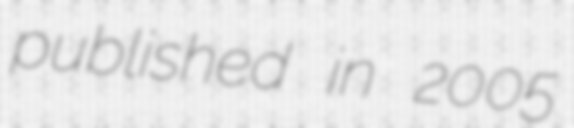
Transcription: published in 2005